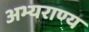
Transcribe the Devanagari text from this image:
अभ्‍यराण्‍य